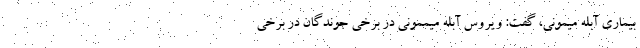
بیماری آبله میمونی، گفت: ویروس آبله میممونی در برخی جوندگان در برخی